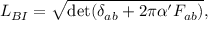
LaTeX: { \cal L } _ { B I } = \sqrt { \operatorname * { d e t } ( \delta _ { a b } + 2 \pi \alpha ^ { \prime } F _ { a b } ) } ,